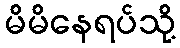
မိမိနေရပ်သို့